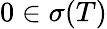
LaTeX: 0\in\sigma(T)